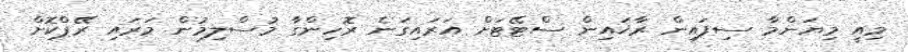
މިއީ މިޔަންމާ ސިފައިން ރާޚައިން ސްޓޭޓަށް އަރައިގަނެ ރޮހިންގާ މުސްލިމުން މަރައި ރޭޕްކޮށް